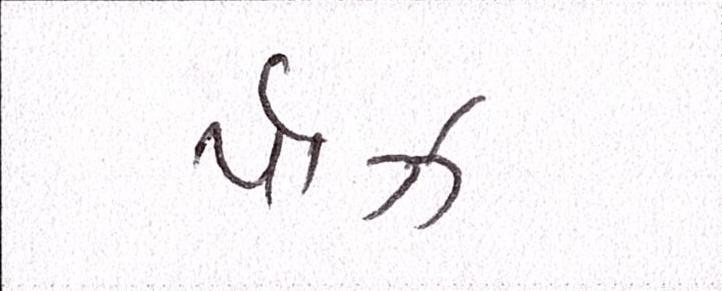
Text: પૉઝ